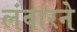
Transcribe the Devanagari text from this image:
लंवारने